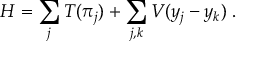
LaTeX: H = \sum _ { j } T ( \pi _ { j } ) + \sum _ { j , k } V ( y _ { j } - y _ { k } ) \; .